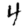
Digit: 4